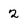
Character: 2